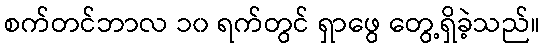
စက်တင်ဘာလ ၁၀ ရက်တွင် ရှာဖွေ တွေ့ရှိခဲ့သည်။